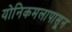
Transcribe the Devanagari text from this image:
योनिकमलापासून